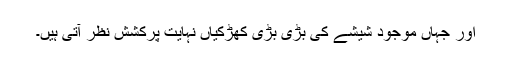
اور جہاں موجود شیشے کی بڑی بڑی کھڑکیاں نہایت پرکشش نظر آتی ہیں۔